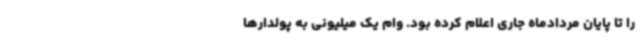
را تا پایان مردادماه جاری اعلام کرده بود. وام یک میلیونی به پولدارها